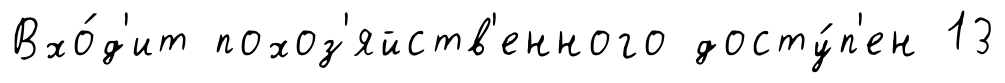
Вхо́д'ит похоз'яйств'енного досту́п'ен 13